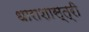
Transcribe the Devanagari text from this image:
धाराशास्त्री